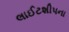
લાઈટશીપના